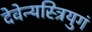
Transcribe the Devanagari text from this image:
देवेन्यस्त्रियुगं